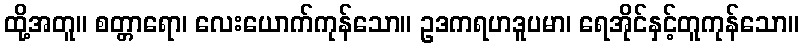
ထို့အတူ။ စတ္တာရော၊ လေးယောက်ကုန်သော။ ဥဒကရဟဒူပမာ၊ ရေအိုင်နှင့်တူကုန်သော။